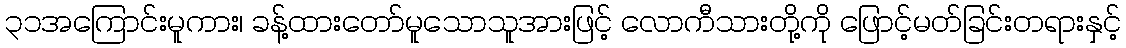
၃၁အကြောင်းမူကား၊ ခန့်ထားတော်မူသောသူအားဖြင့် လောကီသားတို့ကို ဖြောင့်မတ်ခြင်းတရားနှင့်